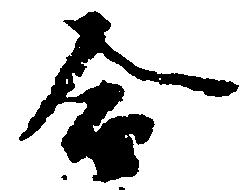
合